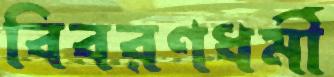
বিবরণধর্মী